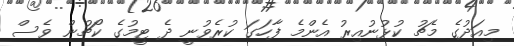
މިއަދުގެ މެޗު ކުޅުނުއިރު އެންމެ ފާހަގަ ކުރެވުނީ ދެ ޓީމުގެ ކޯޗުން ވެސް